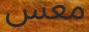
معس